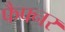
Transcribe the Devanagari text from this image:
फैफ्नर